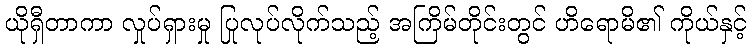
ယိုရှီတာကာ လှုပ်ရှားမှု ပြုလုပ်လိုက်သည့် အကြိမ်တိုင်းတွင် ဟိရောမိ၏ ကိုယ်နှင့်